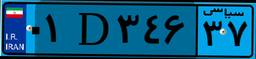
۰۱D۳۴۶۳۷